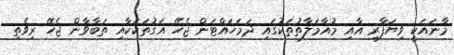
މާނައަކީ ވިޔަފާރި އާއި މުއާމަލާތުތަކުގައި ދަމަހައްޓަން ޖެހޭ އަގުތަކަކާއި ތަބާވާން ޖެހޭ ރިވެތި